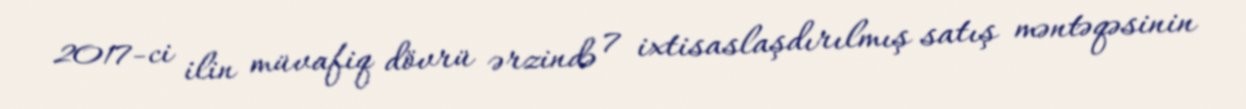
2017-ci ilin müvafiq dövrü ərzində 7 ixtisaslaşdırılmış satış məntəqəsinin